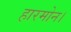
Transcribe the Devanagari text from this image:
हारमोन।